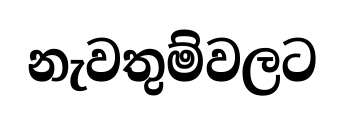
නැවතුම්වලට